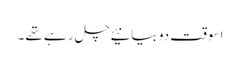
اسوقت دو بیانیئے چل رہے تھے۔